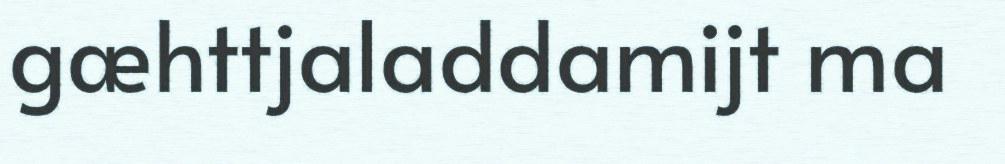
gæhttjaladdamijt ma